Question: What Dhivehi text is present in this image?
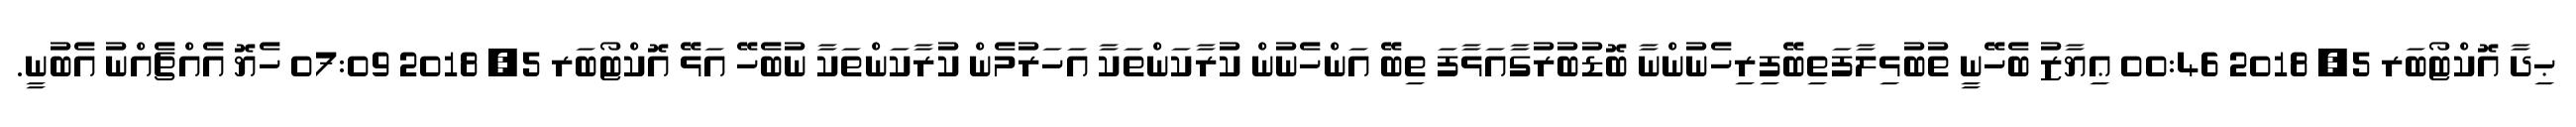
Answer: ޙިދާ އޮކްޓޯބަރ 5, 2018 00:46 ޢިޔާޒު ބެހޭނީ ތުބުޅިލާފަތިބޭފިރިހެނުންނާ ބޮޑުބުރުގާއަޅާފަ ތިބޭ އަންހެނުން ކުރާކަންތަކާ އަހަރުމެން ކުރާކަންތަކާ ނުބެހޭ އަޅޭ އޮކްޓޯބަރ 5, 2018 07:09 ހެޔޮ އެއްޗެއްނު އެބުނީ.